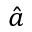
\hat { a }